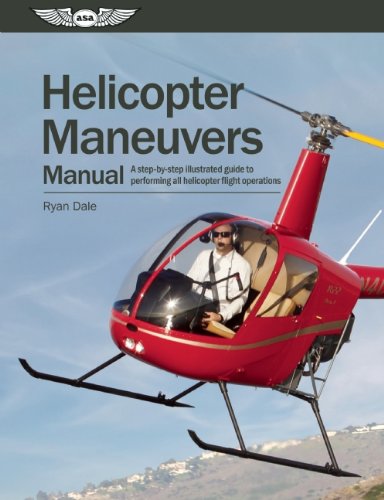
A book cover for Helicopter Maneuvers Manual: A step-by-step illustrated guide to performing all helicopter flight operations; Ryan Dale; Arts & Photography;